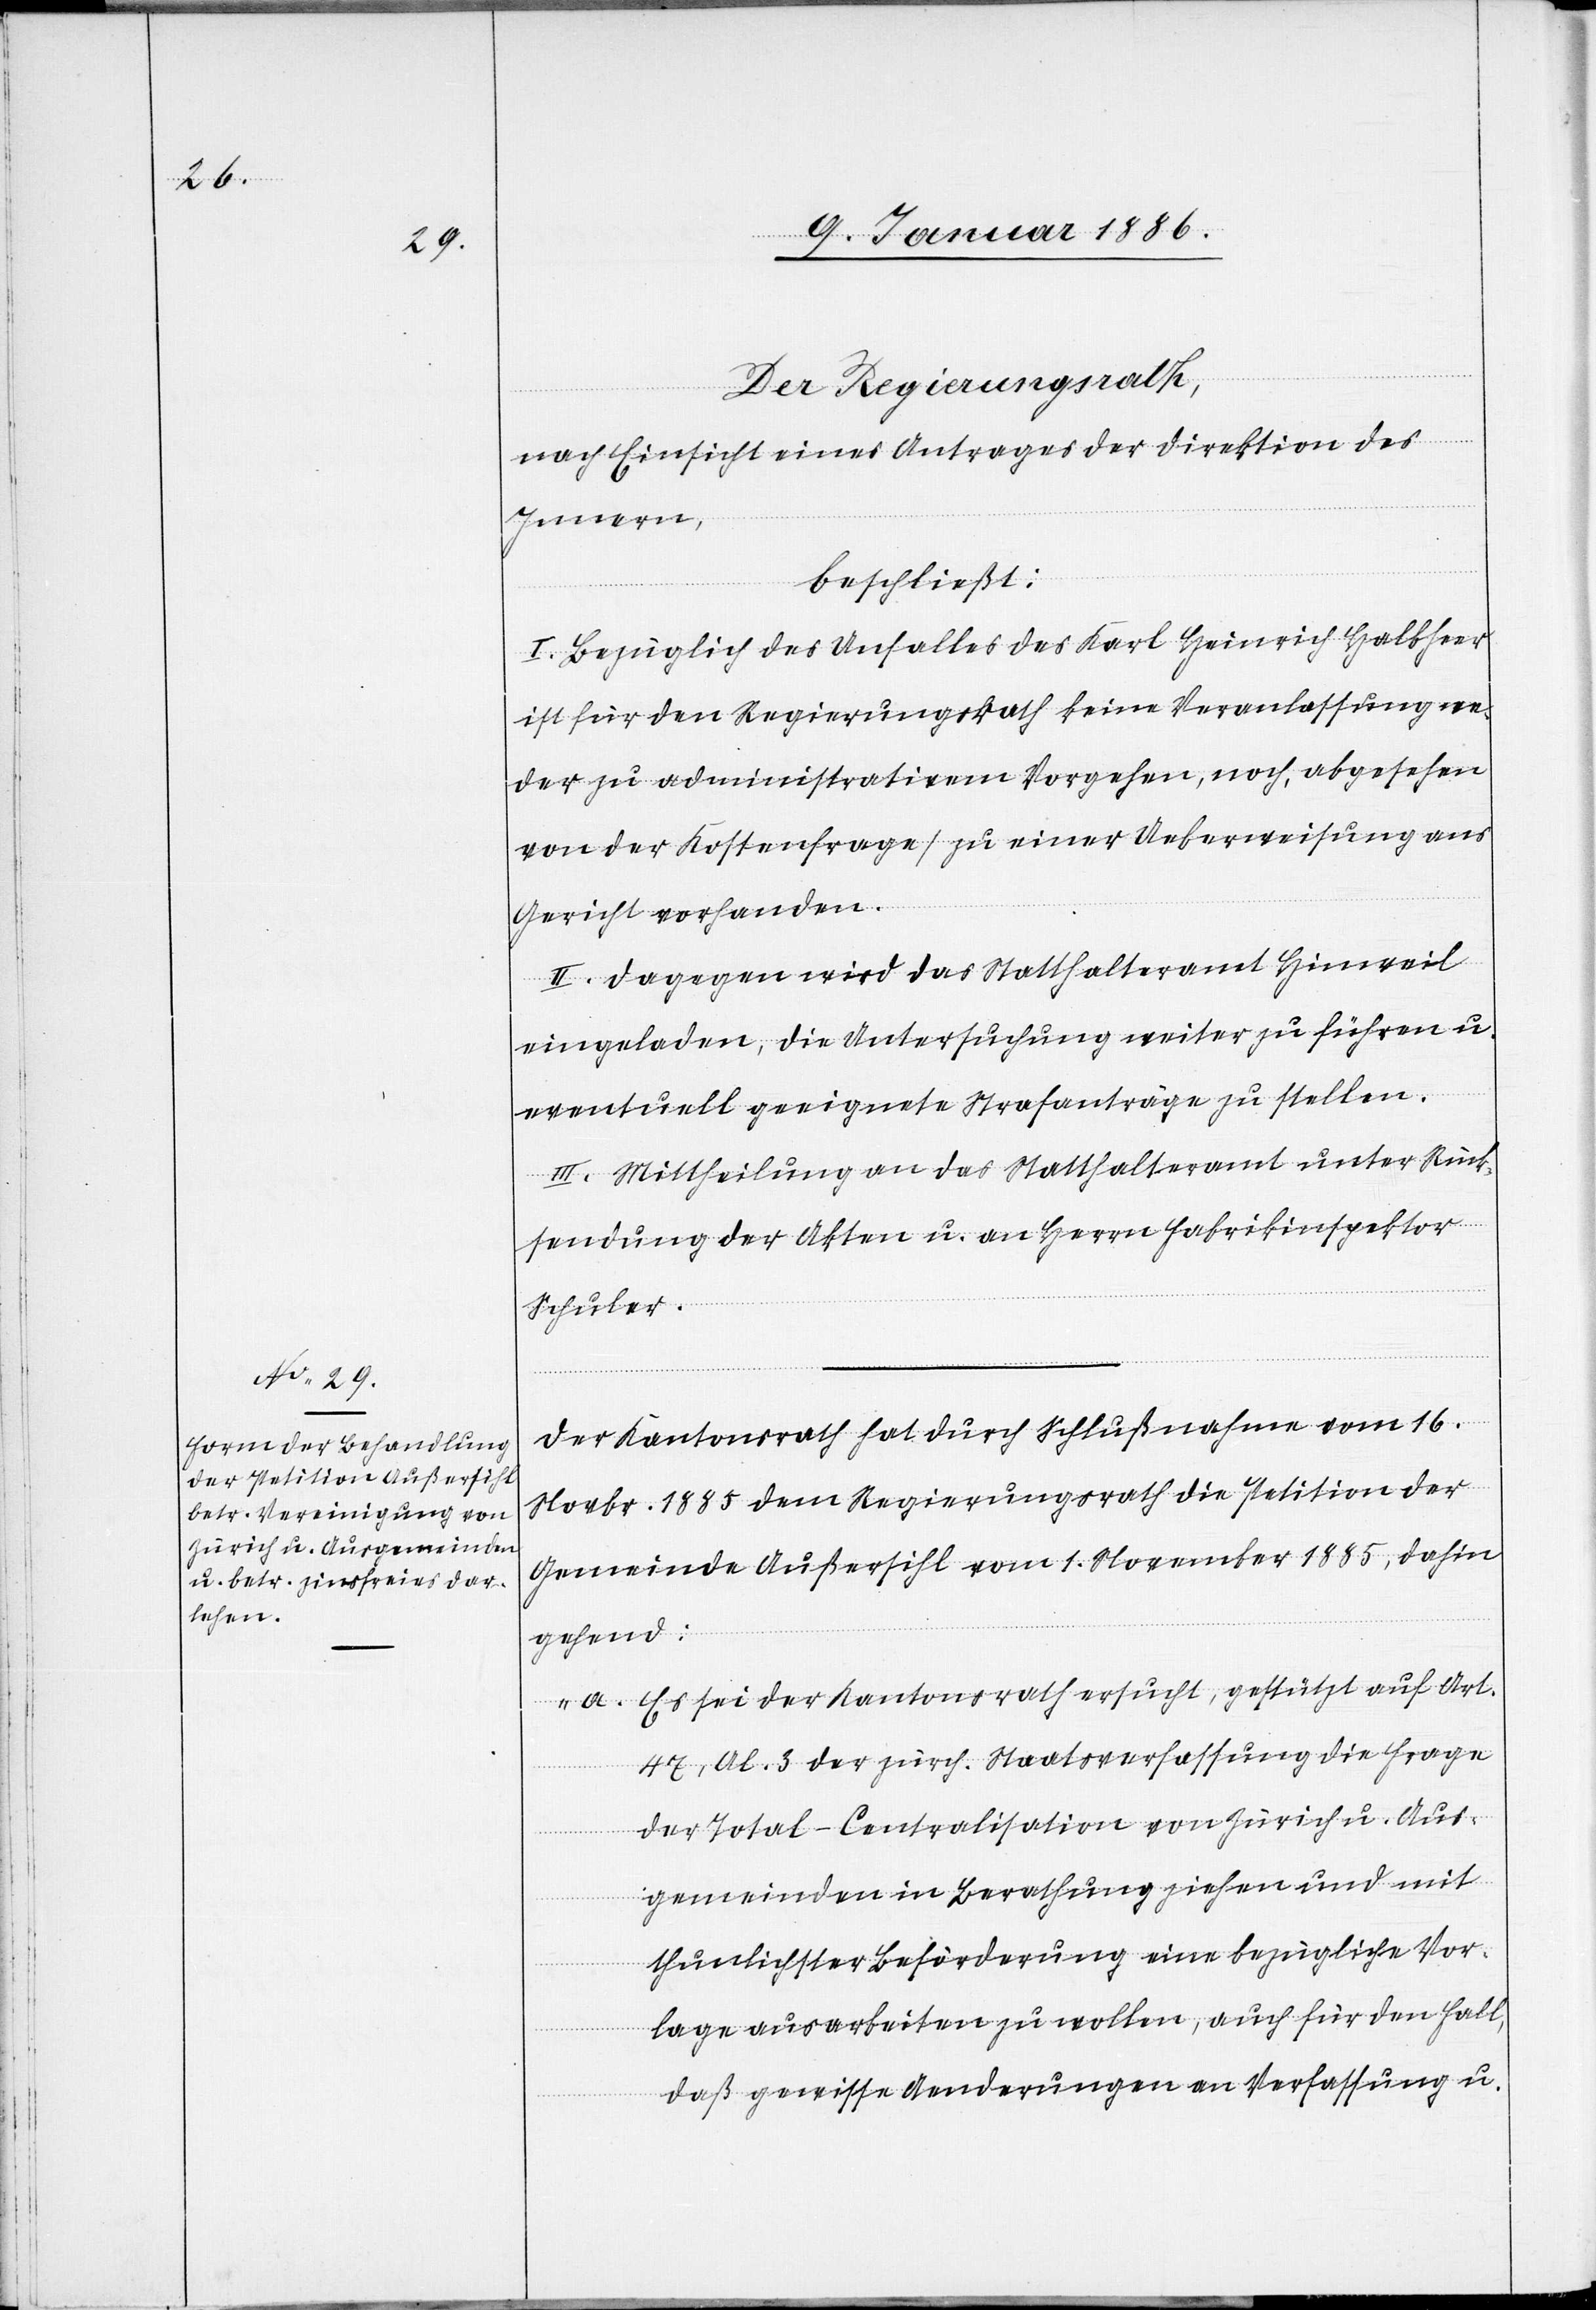
Der Regierungsrath,
nach Einsicht eines Antrages der Direktion des
Innern,
beschließt:
I. Bezüglich des Unfalles des Karl Heinrich Halbheer
ist für den Regierungsrath keine Veranlassung we¬
der zu administrativen Vorgehen, noch, abgesehen
von der Kostenfrage, zu einer Ueberweisung ans
Gericht vorhanden.
II. Dagegen wird das Statthalteramt Hinweil
eingeladen, die Untersuchung weiter zu führen u.
eventuell geeignete Strafanträge zu stellen.
III. Mittheilung an das Statthalteramt unter Rück¬
sendung der Akten u. an Herrn Fabrikinspektor
Schuler.
Der Kantonsrath hat durch Schlußnahme vom 16.
Novbr. 1885 dem Regierungsrath die Petition der
Gemeinde Außersihl vom 1. November 1885, dahin
gehend:
„a. Es sei der Kantonsrath ersucht, gestützt auf Art.
47., Ab. 3 der zürch. Staatsverfassung die Frage
der Total-Centralisation von Zürich u. Aus¬
gemeinden in Berathung ziehen und mit
thunlichster Beförderung eine bezügliche Vor¬
lage ausarbeiten zu wollen, auch für den Fall,
daß gewisse Aenderungen an Verfassung u.